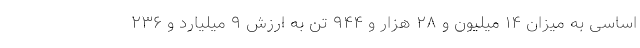
اساسی به میزان ۱۴ میلیون و ۲۸ هزار و ۹۴۴ تن به ارزش ۹ میلیارد و ۲۳۶